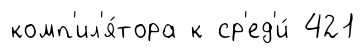
комп'ил'я́тора к ср'ед'и́ 421